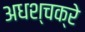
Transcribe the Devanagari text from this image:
अधश्चक्रे